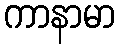
ကာနာမာ